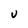
Character: U